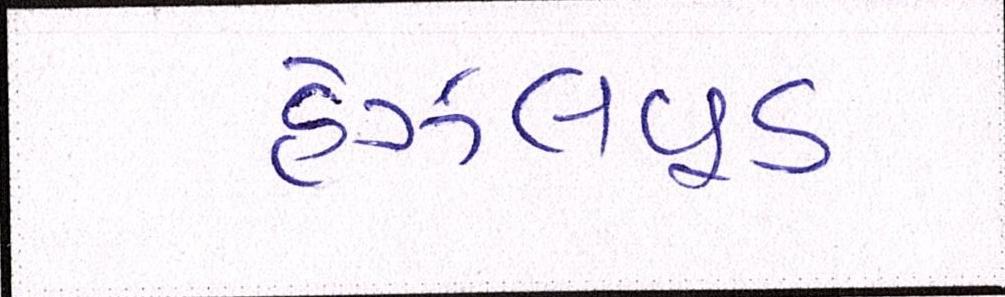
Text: હેઝલવૂડ